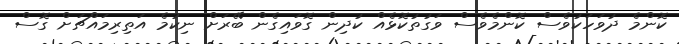
ކޮންމެ ދުވަހަކުވެސް ކޮންމެވެސް ވަގުތުކޮޅެއް ކުދިން ގޮވައިގެން ބޭރަށް ނިކުމެ އަތިރިމައްޗަށް ގޮސް